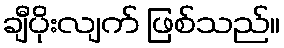
ချီပိုးလျက် ဖြစ်သည်။